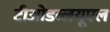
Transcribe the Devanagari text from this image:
टीओडब्लयूएल